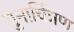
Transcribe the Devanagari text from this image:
पुनार्चित्रण